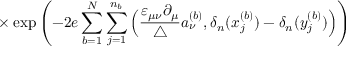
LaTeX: \times \exp \left( - 2 e \sum _ { b = 1 } ^ { N } \sum _ { j = 1 } ^ { n _ { b } } \Big ( \frac { \varepsilon _ { \mu \nu } \partial _ { \mu } } { \triangle } a _ { \nu } ^ { ( b ) } , \delta _ { n } ( x _ { j } ^ { ( b ) } ) - \delta _ { n } ( y _ { j } ^ { ( b ) } ) \Big ) \right)